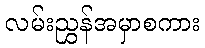
လမ်းညွှန်အမှာစကား